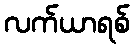
လက်ယာရစ်